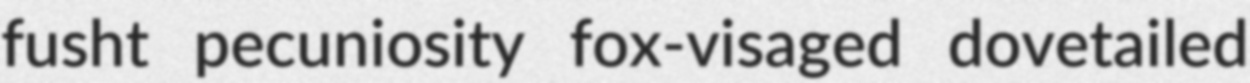
fusht pecuniosity fox-visaged dovetailed